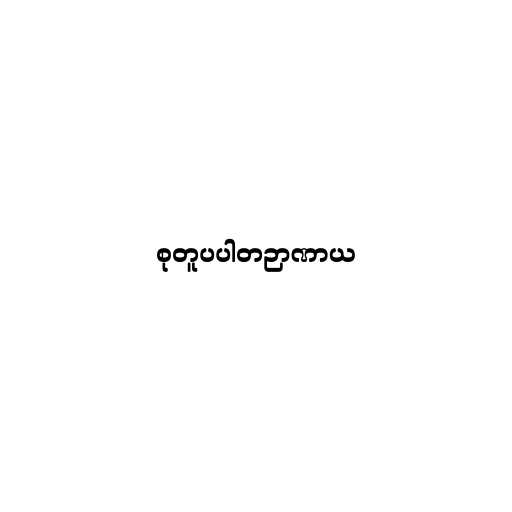
စုတူပပါတဉာဏာယ